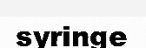
syringe